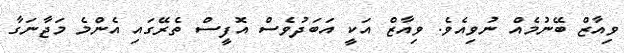
ވިއާޒް ބޭނުމެއް ނުވިއެވެ. ވިއާޒް އަކީ އަބަދުވެސް އޮފީސް ތެރޭގައި އެންމެ މަޖާާނަގާ